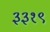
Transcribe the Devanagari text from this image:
३३१९